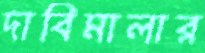
দাবিমালার